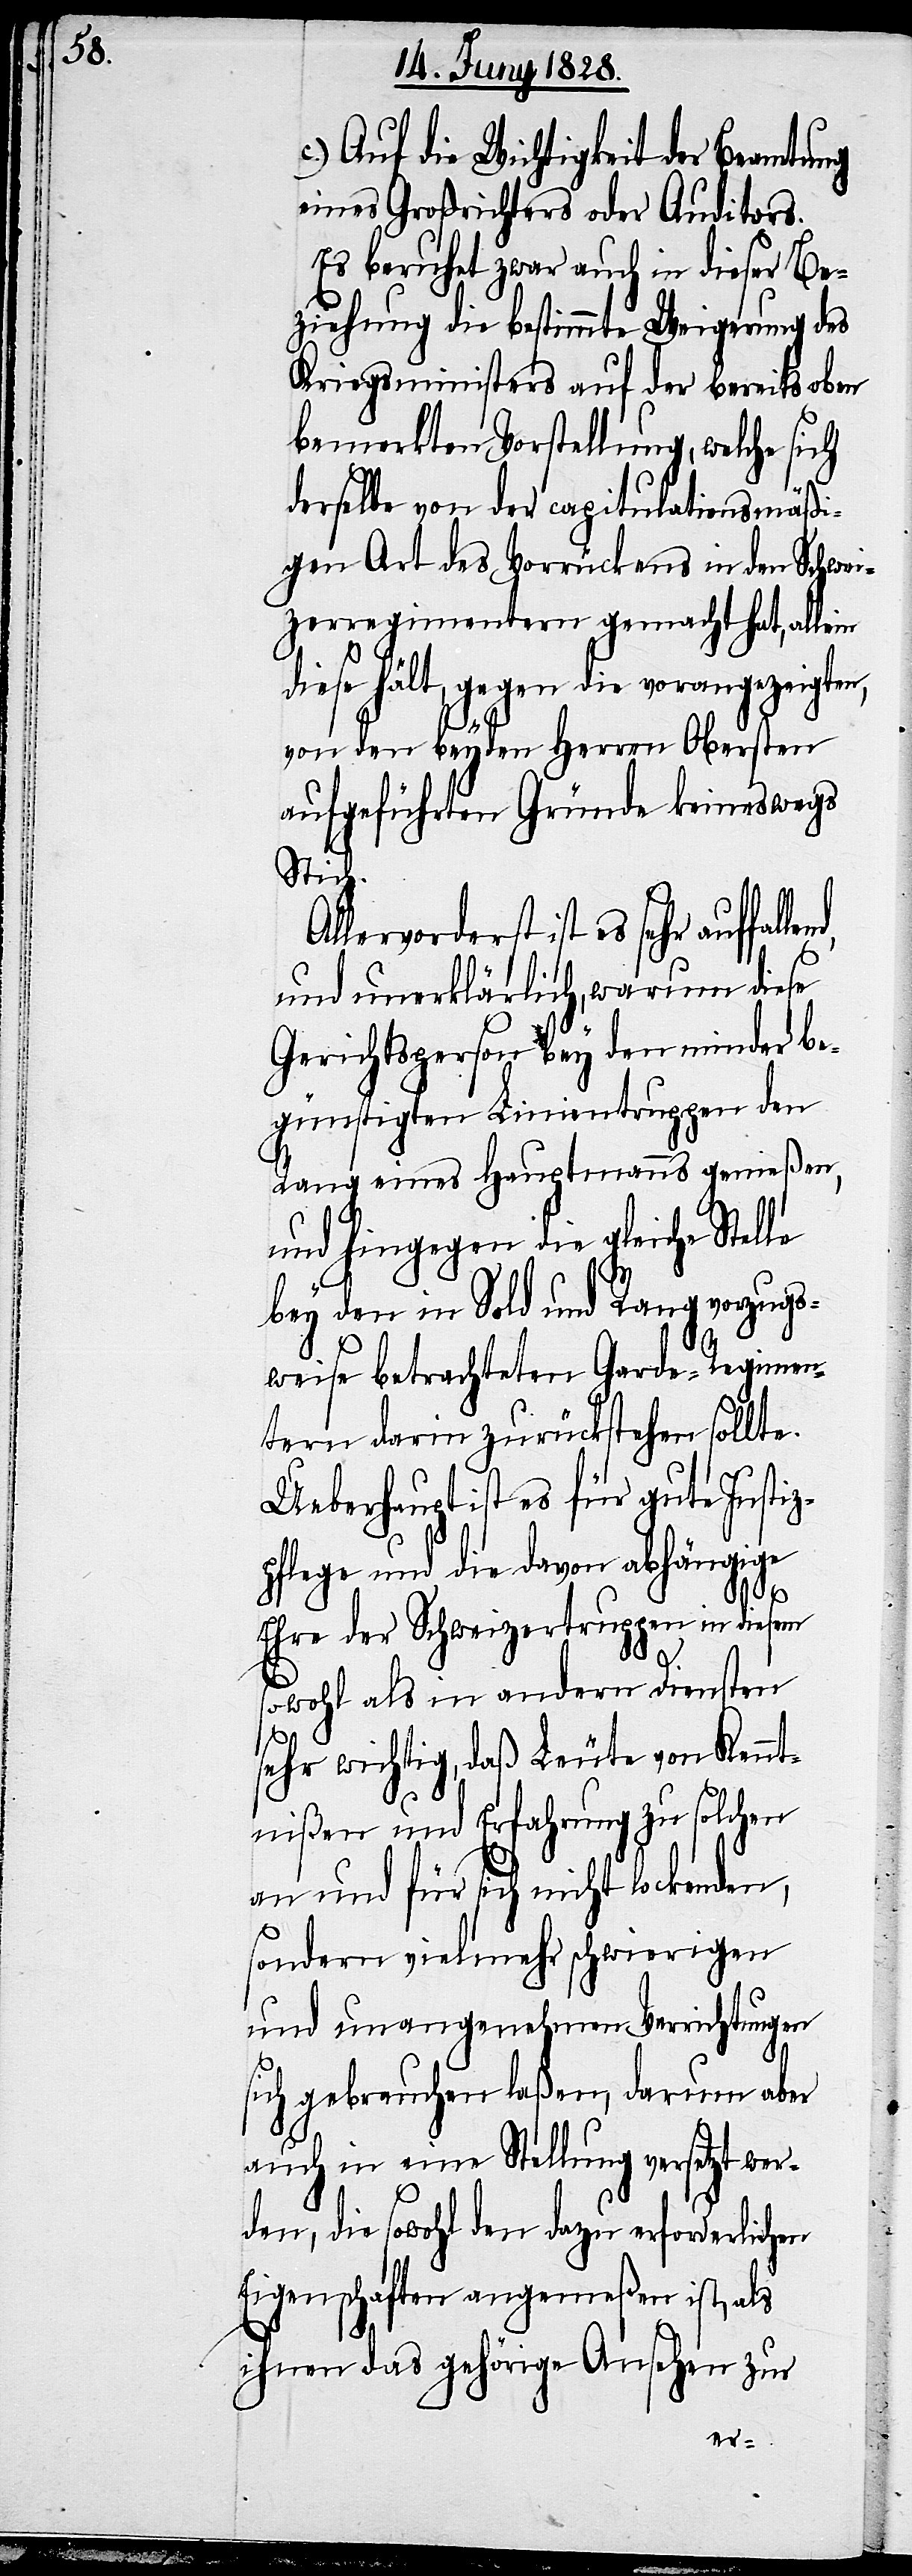
c.) Auf die Wichtigkeit der Beamtung
eines Großrichters oder Auditors.
Es beruhet zwar auch in dieser Be¬
ziehung die bestimmte Weigerung des
Kriegsministers auf der bereits oben
bemerkten Vorstellung, welche sich
derselbe von der capitulationsmäßi¬
gen Art des Vorrückens in den Schwei¬
zerregimentern gemacht hat, allein
diese hält, gegen die vorangezeigten,
von den beyden Herren Obersten
aufgeführten Gründe keineswegs
lend,
Allervorderst ist es sehr auffal¬
und unerklärlich, warum diese
Gerichtsperson bey den minder be¬
günstigten Linientruppen den
Rang eines Hauptmanns genießen,
und hingegen die gleiche Stelle
bey den in Sold und Rang vorzugs¬
weise betrachteten Garde-Regimen¬
tern darin zurückstehen sollte.
Ueberhaupt ist es für gute Justiz¬
pflege und die davon abhängige
Ehre der Schweizertruppen in diesem
sowohl als in andern Diensten
sehr wichtig, daß Leute von Kennt¬
nißen und Erfahrung zu solchen
an und für sich nicht lockenden,
sondern vielmehr schwierigen
und unangenehmen Verrichtungen
sich gebrauchen laßen, darum aber
auch in eine Stellung versetzt wer¬
den, die sowohl den dazu erforderlichen
Eigenschaften angemeßen ist, als
ihnen das gehörige Ansehen zur